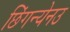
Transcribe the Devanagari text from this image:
छिंगन्येनउ